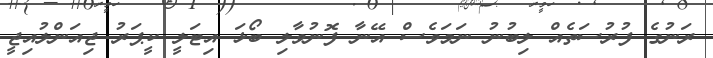
ރަނުގެ ފުރުސަތެއް ލިބުނު ނަމަވެސް އޭނާ ފޮނުވާލި ބޯޅަ އިޓަލީ ކީޕަރު ޖިއަންލުއިޖީ